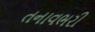
તનાવભરી